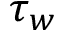
\tau _ { w }